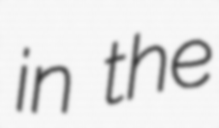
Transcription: in the